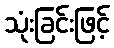
သုံးခြင်းဖြင့်